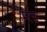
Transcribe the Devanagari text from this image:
मङ